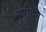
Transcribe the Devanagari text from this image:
पृष्टोदय